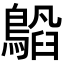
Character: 𬷥